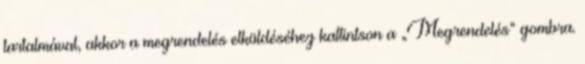
tartalmával, akkor a megrendelés elküldéséhez kattintson a „Megrendelés” gombra.